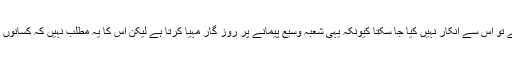
جہاں تک کارپوریٹ شعبے کی اہمیت کا تعلق ہے تو اس سے انکار نہیں کیا جا سکتا کیونکہ یہی شعبہ وسیع پیمانے پر روز گار مہیا کرتا ہے لیکن اس کا یہ مطلب نہیں کہ کسانوں کے مفادات کو اس شعبے پر قربان کر دیا جائے۔